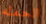
الحمله